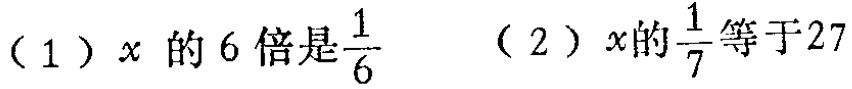
（1）$x$的6倍是$\frac{1}{6}$可表示为：$6x = \frac{1}{6}$

（2）$x$的$\frac{1}{7}$等于27可表示为：$\frac{1}{7}x = 27$